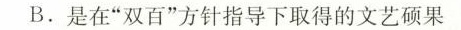
B.是在”双百”方针指导下取得的文艺硕果